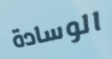
الوسادة